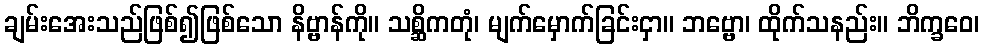
ချမ်းအေးသည်ဖြစ်၍ဖြစ်သော နိဗ္ဗာန်ကို။ သစ္ဆိကတုံ၊ မျက်မှောက်ခြင်းငှာ။ ဘဗ္ဗော၊ ထိုက်သနည်း။ ဘိက္ခဝေ၊